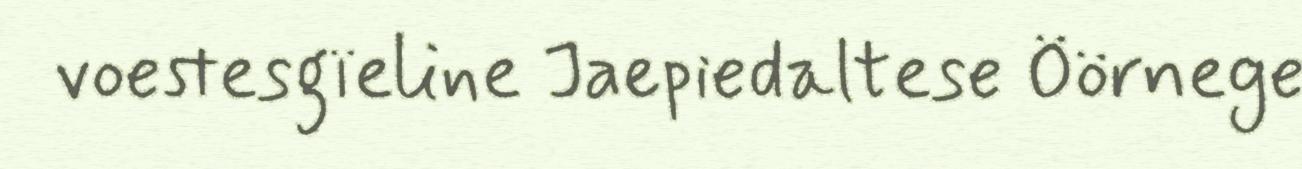
voestesgïeline Jaepiedaltese Öörnege